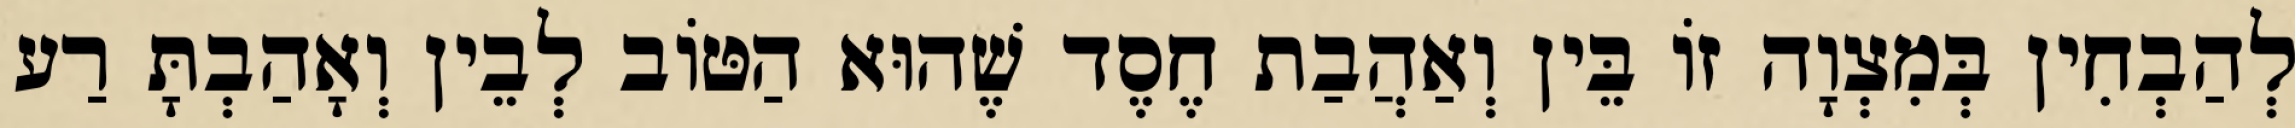
לְהַבְחִין בְּמִצְוָה זוֹ בֵּין וְאַהֲבַת חֶסֶד שֶׁהוּא הַטּוֹב לְבֵין וְאָהַבְתָּ רַע